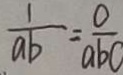
\frac { 1 } { a b } = \frac { 0 } { a b c }